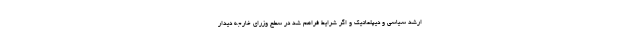
ارشد سیاسی و دیپلماتیک و اگر شرایط فراهم شد در سطح وزرای خارجه دیدار